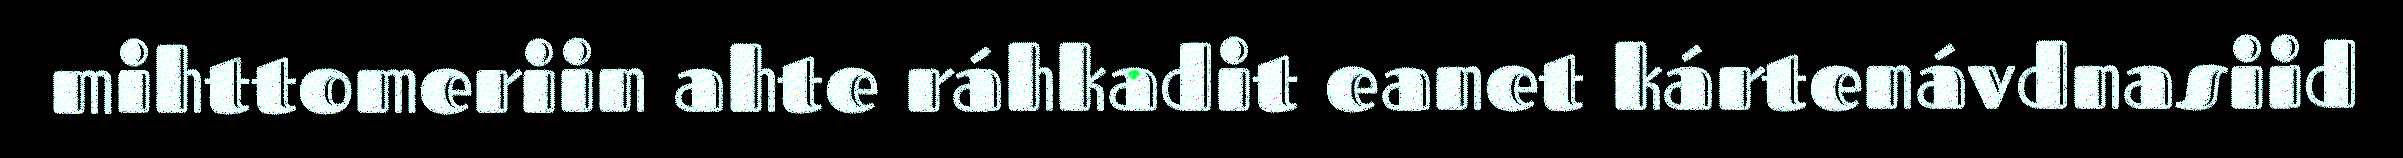
mihttomeriin ahte ráhkadit eanet kártenávdnasiid